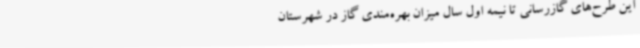
این طرح‌های گازرسانی تا نیمه اول سال میزان بهره‌مندی گاز در شهرستان